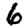
Digit: 6